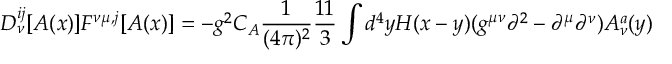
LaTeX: D _ { \nu } ^ { i j } [ A ( x ) ] F ^ { \nu \mu , j } [ A ( x ) ] = - g ^ { 2 } C _ { A } \frac 1 { ( 4 \pi ) ^ { 2 } } \frac { 1 1 } { 3 } \int d ^ { 4 } y H ( x - y ) ( g ^ { \mu \nu } \partial ^ { 2 } - \partial ^ { \mu } \partial ^ { \nu } ) A _ { \nu } ^ { a } ( y )